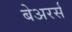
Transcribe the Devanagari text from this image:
बेअरर्स